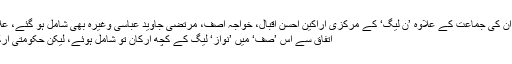
ان کے پیچھے صف میں اُن کی جماعت کے علاوہ ’ن لیگ‘ کے مرکزی اراکین احسن اقبال، خواجہ آصف، مرتضیٰ جاوید عباسی وغیرہ بھی شامل ہو گئے، علامہ اقبال نے تو کہا تھا؎
اتفاق سے اس ’صف‘ میں ’نواز‘ لیگ کے کچھ ارکان تو شامل ہوئے، لیکن حکومتی ارکان ساتھ کھڑے نہ ہوئے۔